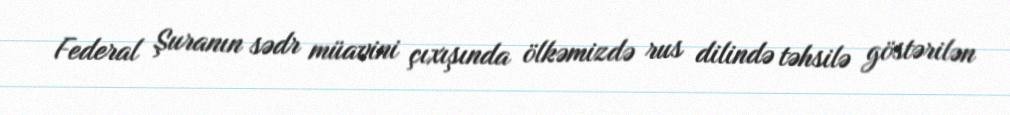
Federal Şuranın sədr müavini çıxışında ölkəmizdə rus dilində təhsilə göstərilən